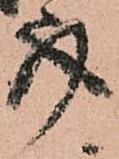
事